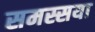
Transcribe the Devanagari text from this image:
समस्सया